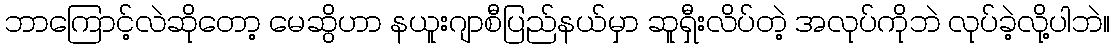
ဘာကြောင့်လဲဆိုတော့ မေဆွိဟာ နယူးဂျာစီပြည်နယ်မှာ ဆူရှီးလိပ်တဲ့ အလုပ်ကိုဘဲ လုပ်ခဲ့လို့ပါဘဲ။